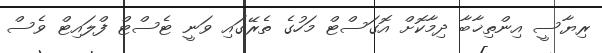
ރިޔާސީ އިންތިޚާބާ ދިމާކޮށް އޮގަސްޓް މަހުގެ ތެރޭގައި ވަނީ ޓެސްޓް ފްލައިޓް ވެސް